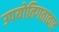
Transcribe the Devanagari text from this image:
उपयोतिगतावाद